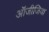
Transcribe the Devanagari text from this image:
ऑजीजिया